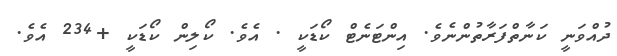
ދުއްވަނީ ކަނާތްފަރާތުންނެވެ. އިންޓަނެޓް ކޯޑަކީ . އެވެ. ކޯލިން ކޯޑަކީ +234 އެވެ.